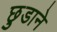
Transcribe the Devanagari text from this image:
छ़ुडाने